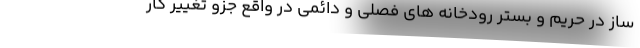
ساز در حریم و بستر رودخانه های فصلی و دائمی در واقع جزو تغییر کار